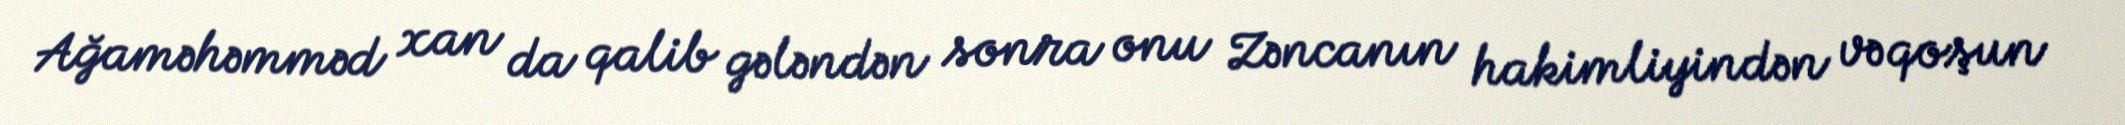
Ağaməhəmməd xan da qalib gələndən sonra onu Zəncanın hakimliyindən və qoşun